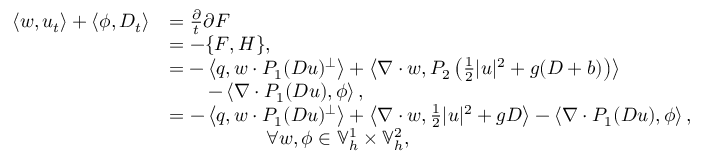
\begin{array} { r l } { \left\langle w , u _ { t } \right\rangle + \left\langle \phi , D _ { t } \right\rangle } & { = \frac { \partial } { t } { \partial F } } \\ & { = - \{ F , H \} , } \\ & { = - \left\langle q , w \cdot P _ { 1 } ( D u ) ^ { \perp } \right\rangle + \left\langle \nabla \cdot w , P _ { 2 } \left( \frac { 1 } { 2 } | u | ^ { 2 } + g ( D + b ) \right) \right\rangle } \\ & { \qquad - \left\langle \nabla \cdot P _ { 1 } ( D u ) , \phi \right\rangle , } \\ & { = - \left\langle q , w \cdot P _ { 1 } ( D u ) ^ { \perp } \right\rangle + \left\langle \nabla \cdot w , \frac { 1 } { 2 } | u | ^ { 2 } + g D \right\rangle - \left\langle \nabla \cdot P _ { 1 } ( D u ) , \phi \right\rangle , } \\ & { \qquad \qquad \quad \forall w , \phi \in \mathbb { V } _ { h } ^ { 1 } \times \mathbb { V } _ { h } ^ { 2 } , } \end{array}